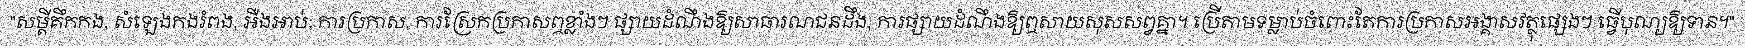
"សម្តីគឹកកង, សំឡេងកងរំពង, អឺងអាប់; ការប្រកាស, ការស្រែកប្រកាសឮខ្លាំងៗ ផ្សាយដំណឹងឱ្យសាធារណជនដឹង, ការផ្សាយដំណឹងឱ្យឮសាយសុសសព្វគ្នា។ ប្រើតាមទម្លាប់ចំពោះតែការប្រកាសអង្គាសវត្ថុផ្សេងៗ ធ្វើបុណ្យឱ្យទាន។"